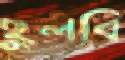
ছুলবি